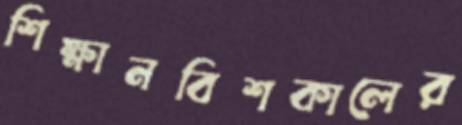
শিক্ষানবিশকালের